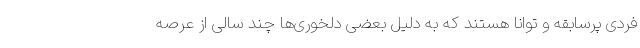
فردی پرسابقه و توانا هستند که به دلیل بعضی دلخوری‌ها چند سالی از عرصه